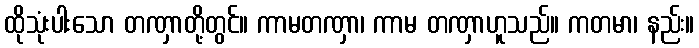
ထိုသုံးပါးသော တဏှာတို့တွင်။ ကာမတဏှာ၊ ကာမ တဏှာဟူသည်။ ကတမာ၊ နည်း။